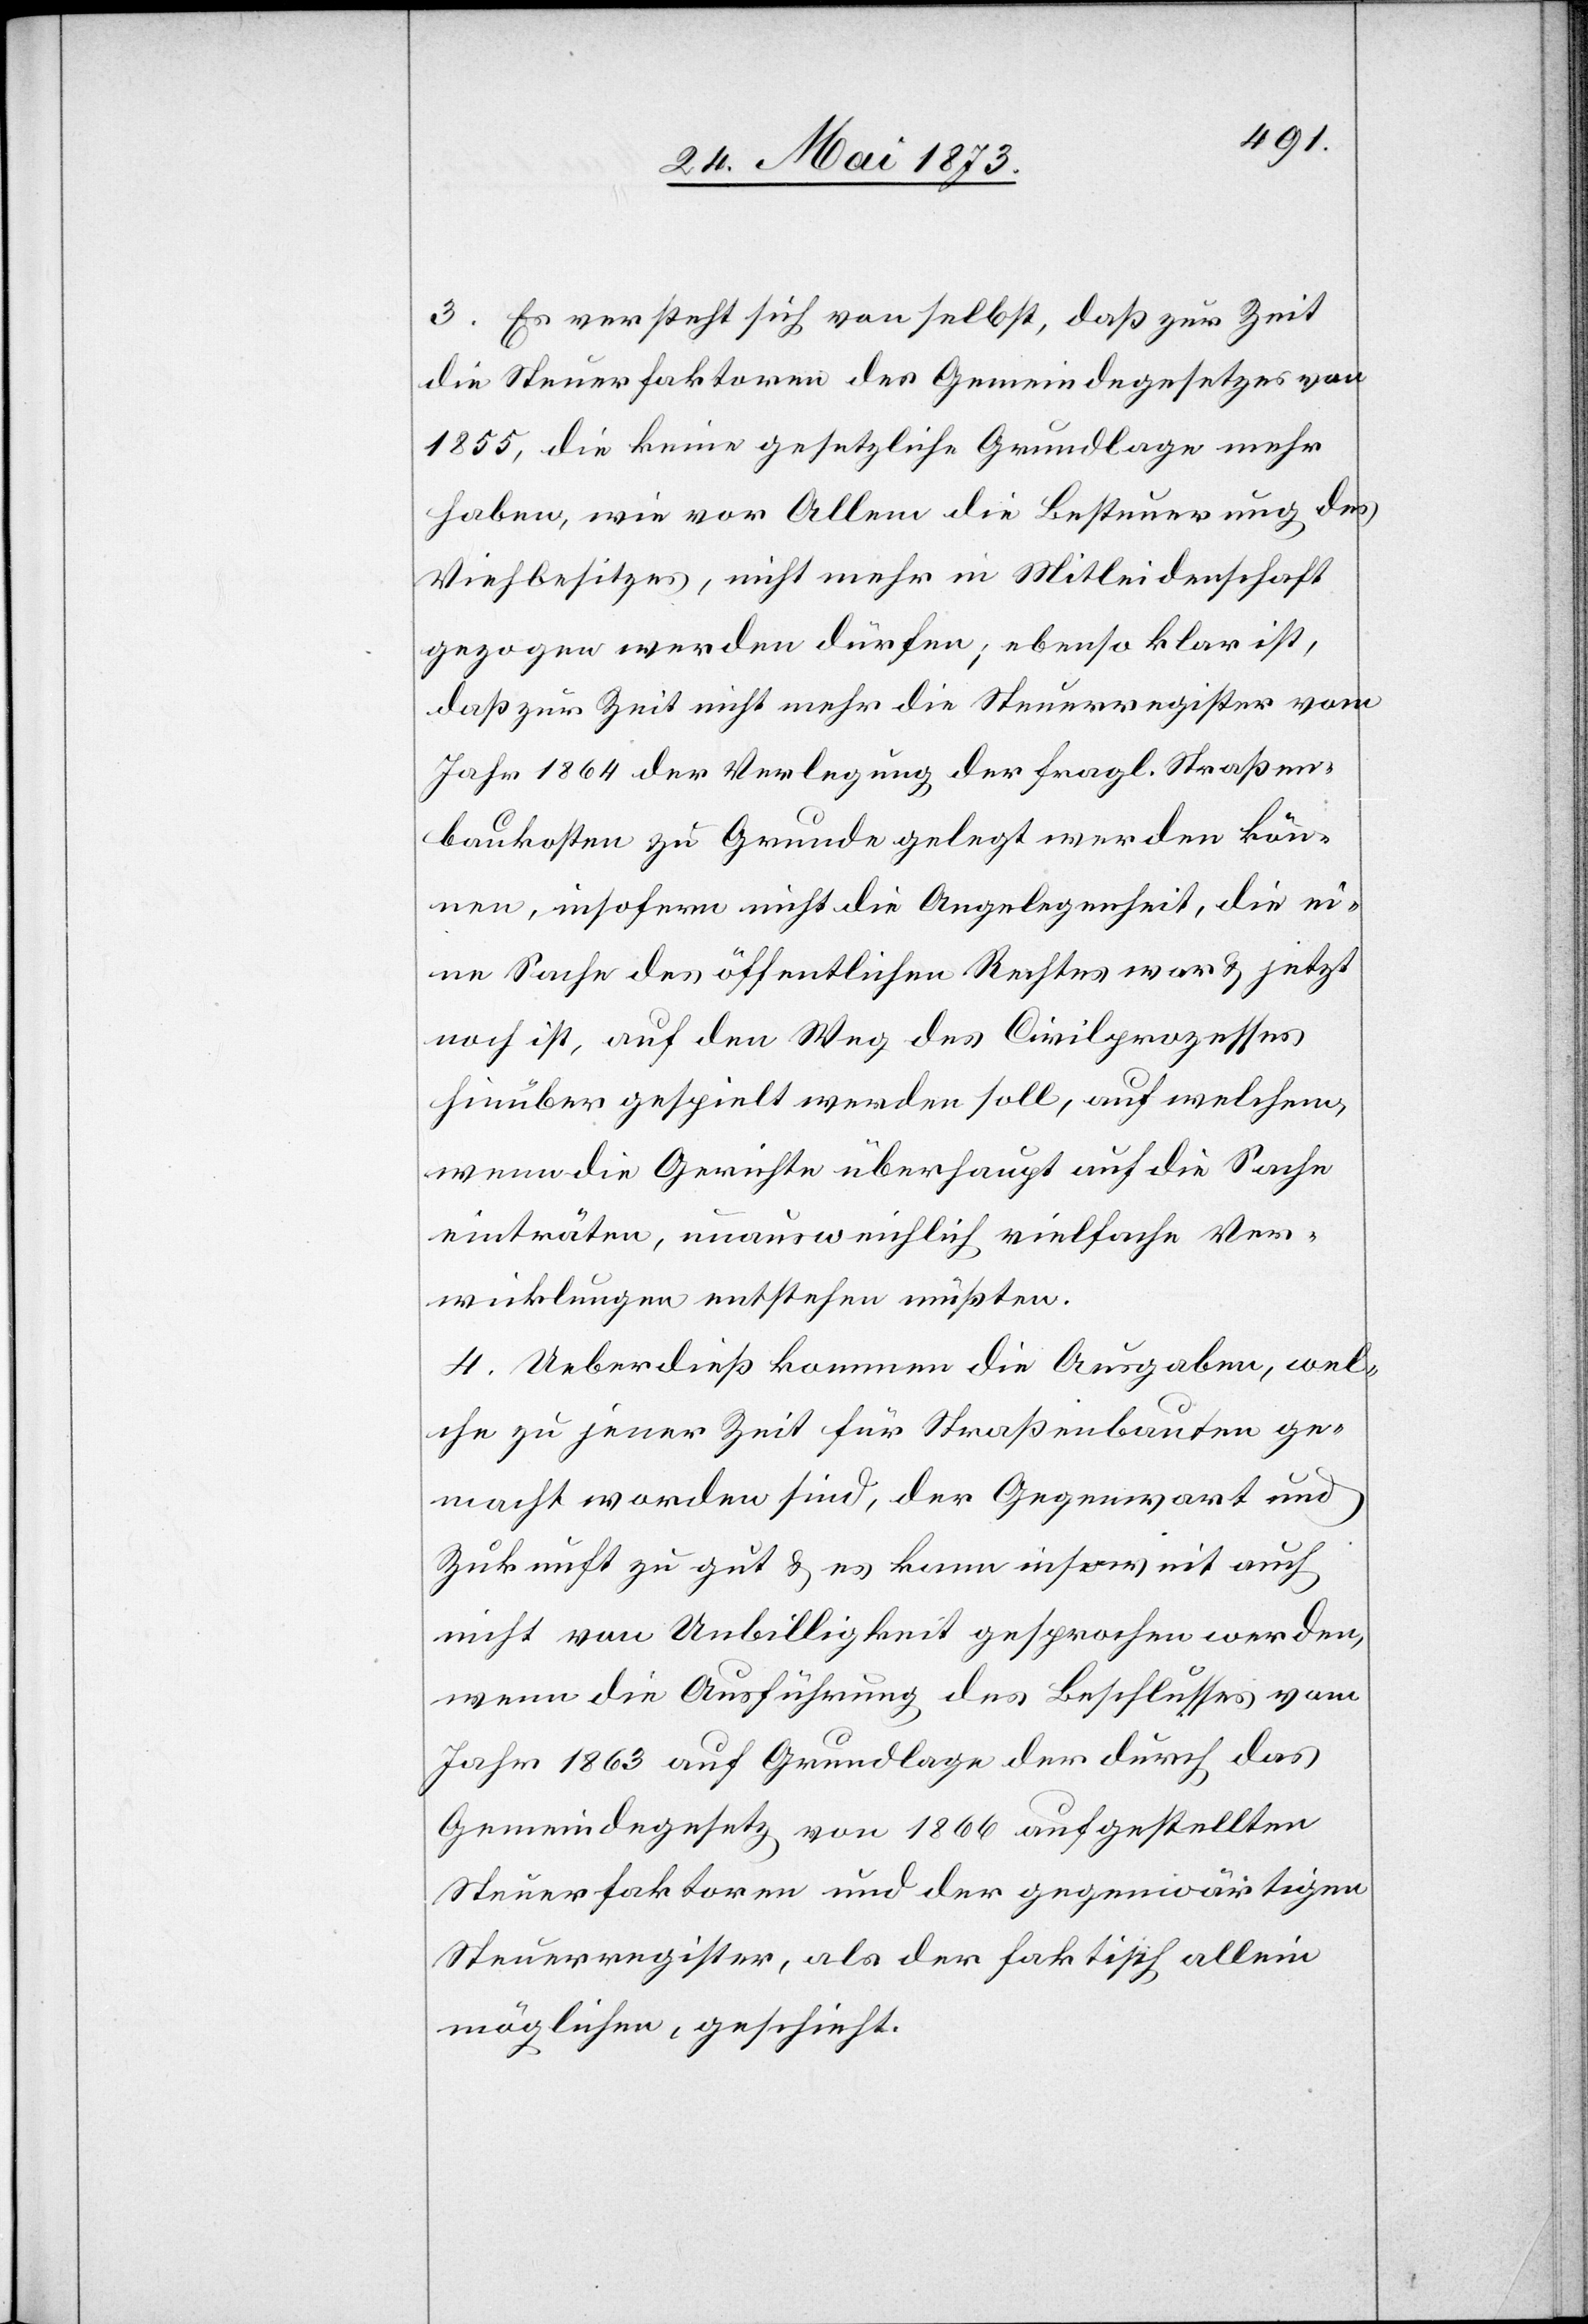
3. Es versteht sich von selbst, daß zur Zeit
die Steuerfaktoren des Gemeindegesetzes von
1855, die keine gesetzliche Grundlage mehr
haben, wie vor Allem die Besteuerung des
Viehbesitzes, nicht mehr in Mitleidenschaft
gezogen werden dürfen; ebenso klar ist,
daß zur Zeit nicht mehr die Steuerregister vom
Jahr 1864 der Verlegung der fragl. Straßen¬
baukosten zu Grunde gelegt werden kön¬
nen, insofern nicht die Angelegenheit, die ei¬
ne Sache des öffentlichen Rechtes war & jetzt
noch ist, auf den Weg des Civilprozesses
hinüber gespielt werden soll, auf welchem,
wenn die Gerichte überhaupt auf die Sache
einträten, unausweichlich vielfache Ver¬
wicklungen entstehen müßten.
4. Ueberdieß kommen die Ausgaben, wel¬
che zu jener Zeit für Straßenbauten ge¬
macht worden sind, der Gegenwart und
Zukunft zu gut & es kann insoweit auch
nicht von Unbilligkeit gesprochen werden,
wenn die Ausführung des Beschlusses vom
Jahr 1863 auf Grundlage der durch das
Gemeindegesetz von 1866 aufgestellten
Steuerfaktoren und der gegenwärtigen
Steuerregister, als der faktisch allein
möglichen, geschieht.